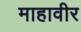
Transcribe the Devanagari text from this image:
माहावीर